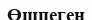
Өшпеген